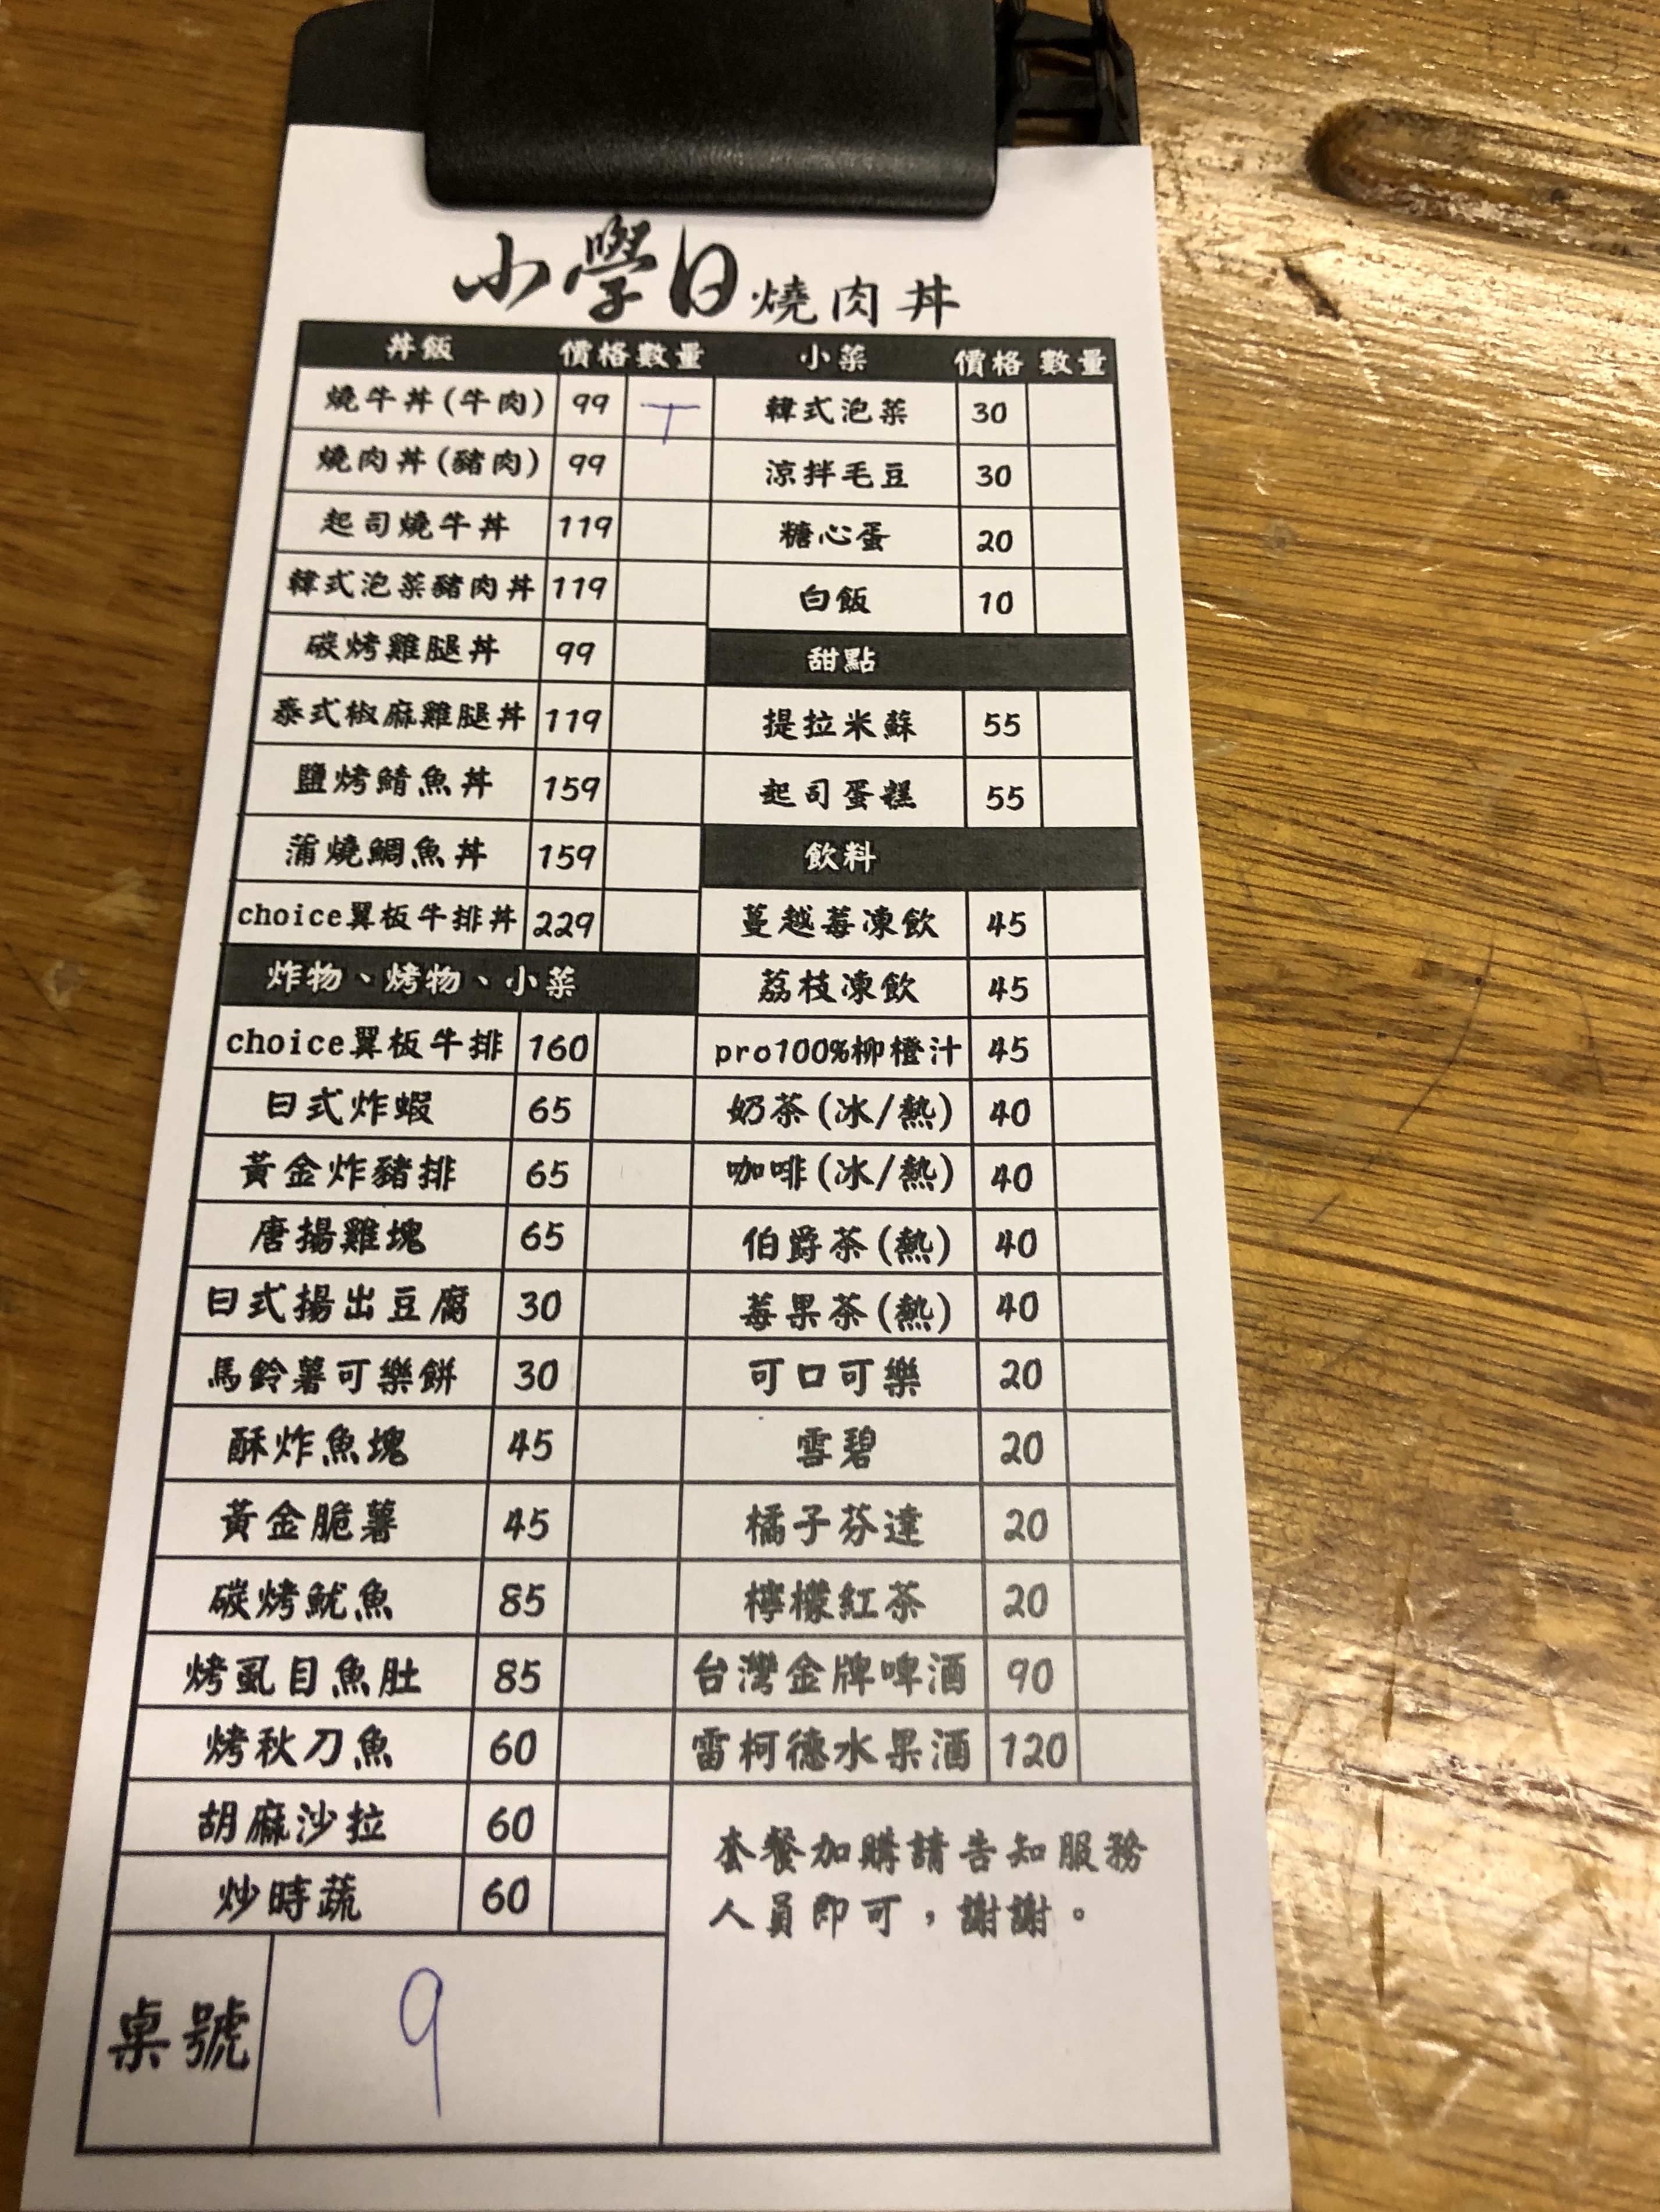
餐廳：小學日燒肉丼
菜單：
name: 燒牛丼(牛肉)
price: 99
name: 燒肉丼(豬肉)
price: 99
name: 起司燒牛丼
price: 119
name: 樟式泡菜豬肉丼
price: 119
name: 碳烤雞腿丼
price: 99
name: 泰式椒麻雞腿丼
price: 119
name: 鹽烤鯖魚丼
price: 159
name: 蒲燒鯛魚丼
price: 159
name: choice翼板牛排丼
price: 229
name: choice翼板牛排
price: 160
name: 曰式炸蝦
price: 65
name: 黃金炸豬排
price: 65
name: 唐揚雞塊
price: 65
name: 日式揚出豆腐
price: 30
name: 馬鈴薯可樂餅
price: 30
name: 酥炸魚塊
price: 45
name: 黃金脆薯
price: 45
name: 碳烤魷魚
price: 85
name: 烤虱目魚肚
price: 85
name: 烤秋刀魚
price: 60
name: 胡麻沙拉
price: 60
name: 炒時蔬
price: 60
name: 辣式泡菜
price: 30
name: 涼拌毛豆
price: 30
name: 糖心蛋
price: 20
name: 白飯
price: 10
name: 提拉米蘇
price: 55
name: 起司蛋糕
price: 55
name: 蔓越莓凍飲
price: 45
name: 荔枝凍飲
price: 45
name: pro100%柳橙汁
price: 45
name: 奶茶(冰/熱)
price: 40
name: 咖啡(冰/熱)
price: 40
name: 伯爵茶(熱)
price: 40
name: 莓果茶(熱)
price: 40
name: 可口可樂
price: 20
name: 雪碧
price: 20
name: 橘子芬達
price: 20
name: 檸檬紅茶
price: 20
name: 台灣金牌啤酒
price: 90
name: 雷柯德水果酒
price: 120